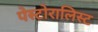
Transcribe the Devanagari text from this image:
पेस्टोरालिस्ट